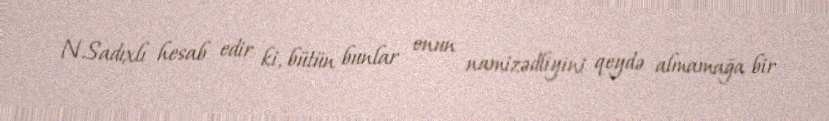
N.Sadıxlı hesab edir ki, bütün bunlar onun namizədliyini qeydə almamağa bir